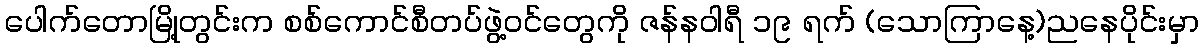
ပေါက်တောမြို့တွင်းက စစ်ကောင်စီတပ်ဖွဲ့ဝင်တွေကို ဇန်နဝါရီ ၁၉ ရက် (သောကြာနေ့)ညနေပိုင်းမှာ